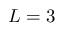
L = 3